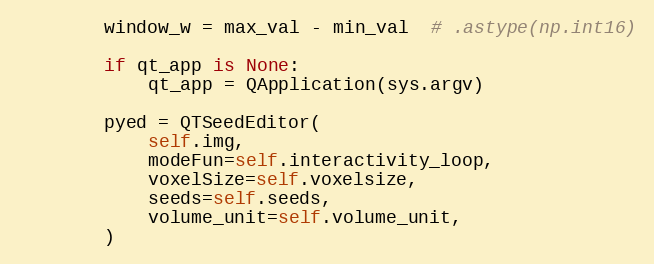
Language: Python
        window_w = max_val - min_val  # .astype(np.int16)

        if qt_app is None:
            qt_app = QApplication(sys.argv)

        pyed = QTSeedEditor(
            self.img,
            modeFun=self.interactivity_loop,
            voxelSize=self.voxelsize,
            seeds=self.seeds,
            volume_unit=self.volume_unit,
        )